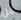
عن